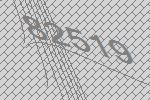
82519